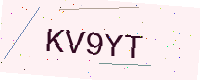
Text: KV9YT